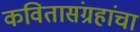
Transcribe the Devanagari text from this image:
कवितासंग्रहांचा